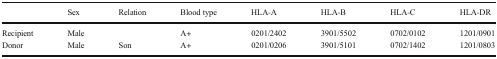
<table><thead><tr><td>[EMPTY_CELL]</td><td><b>Sex</b></td><td><b>Relation</b></td><td><b>Blood type</b></td><td><b>HLA-A</b></td><td><b>HLA-B</b></td><td><b>HLA-C</b></td><td><b>HLA-DR</b></td></tr></thead><tbody><tr><td>Recipient</td><td>Male</td><td>[EMPTY_CELL]</td><td>A+</td><td>0201/2402</td><td>3901/5502</td><td>0702/0102</td><td>1201/0901</td></tr><tr><td>Donor</td><td>Male</td><td>Son</td><td>A+</td><td>0201/0206</td><td>3901/5101</td><td>0702/1402</td><td>1201/0803</td></tr></tbody></table>